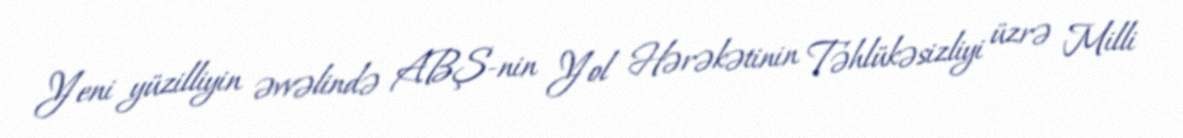
Yeni yüzilliyin əvvəlində ABŞ-nin Yol Hərəkətinin Təhlükəsizliyi üzrə Milli